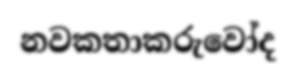
නවකතාකරුවෝද